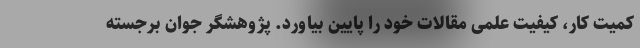
کمیت کار، کیفیت علمی مقالات خود را پایین بیاورد. پژوهشگر جوان برجسته